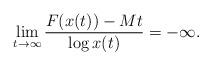
LaTeX: \begin{align*} \lim_{t\to\infty} \frac{F(x(t))-Mt}{\log x(t)} =-\infty.\end{align*}